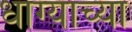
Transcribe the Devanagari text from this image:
धाग्याच्या